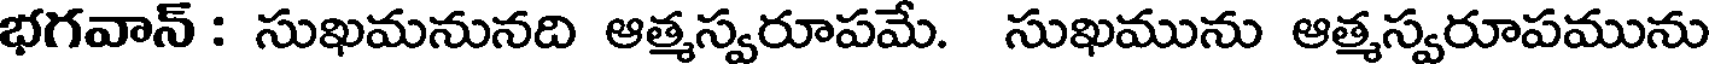
భగవాన్ : సుఖమనునది ఆత్మస్వరూపమే. సుఖమును ఆత్మస్వరూపమును